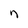
Character: n